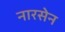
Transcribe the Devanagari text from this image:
नारसेन